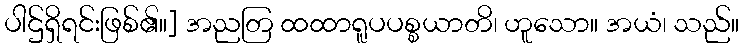
ပါဌ်ရှိရင်းဖြစ်၏။] အညတြ ထထာရူပပစ္စယာတိ၊ ဟူသော။ အယံ၊ သည်။